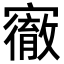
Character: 𡫠